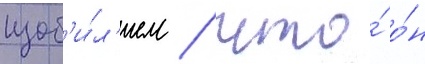
изоб'и́л'ием / что́ о́н